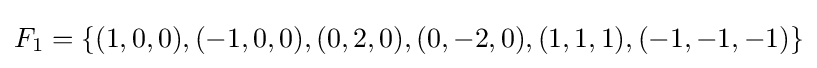
F_{1}=\left\{(1,0,0),(-1,0,0),(0,2,0),(0,-2,0),(1,1,1),(-1,-1,-1)\right\}